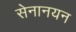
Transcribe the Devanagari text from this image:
सेनानयन